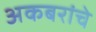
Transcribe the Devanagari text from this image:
अकबरांचे